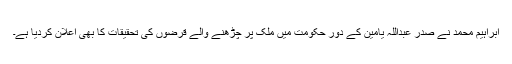
ابراہیم محمد نے صدر عبداللہ یامین کے دورِ حکومت میں ملک پر چڑھنے والے قرضوں کی تحقیقات کا بھی اعلان کردیا ہے۔